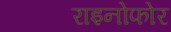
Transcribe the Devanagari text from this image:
राइनोफोर